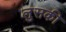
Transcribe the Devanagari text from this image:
लुसकी